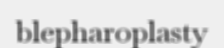
blepharoplasty